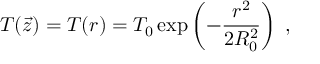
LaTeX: T ( \vec { z } ) = T ( r ) = T _ { 0 } \exp \left( - \frac { r ^ { 2 } } { 2 R _ { 0 } ^ { 2 } } \right) \; ,